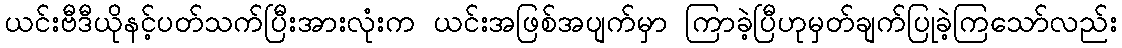
ယင်းဗီဒီယိုနင့်ပတ်သက်ပြီးအားလုံးက ယင်းအဖြစ်အပျက်မှာ ကြာခဲ့ပြီဟုမှတ်ချက်ပြုခဲ့ကြသော်လည်း